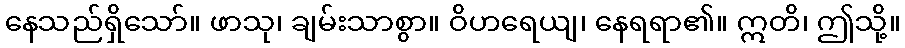
နေသည်ရှိသော်။ ဖာသု၊ ချမ်းသာစွာ။ ဝိဟရေယျ၊ နေရရာ၏။ ဣတိ၊ ဤသို့။